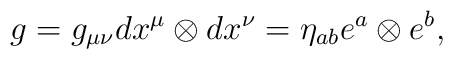
g = g_{\mu\nu}dx^{\mu}\otimes dx^{\nu}= \eta_{ab}e^{a}\otimes e^{b} ,